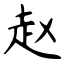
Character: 赵